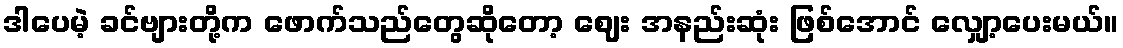
ဒါပေမဲ့ ခင်ဗျားတို့က ဖောက်သည်တွေဆိုတော့ ဈေး အနည်းဆုံး ဖြစ်အောင် လျှော့ပေးမယ်။